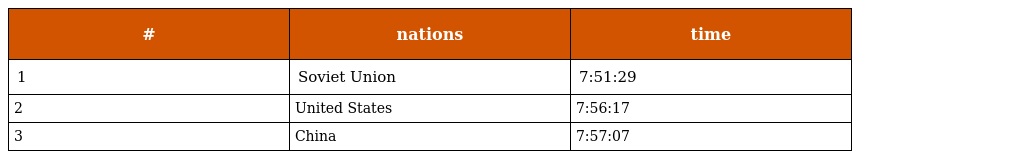
| # | nations | time |
 | --- | --- | --- |
 | 1 | Soviet Union | 7:51:29 |
 | 2 | United States | 7:56:17 |
 | 3 | China | 7:57:07 |